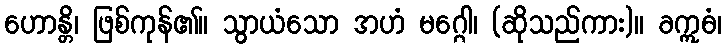
ဟောန္တိ၊ ဖြစ်ကုန်၏။ သွာယံသော အဟံ မဂ္ဂေါ၊ (ဆိုသည်ကား)။ ခဣဓံ၊